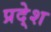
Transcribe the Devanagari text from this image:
प्रदे्श